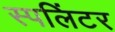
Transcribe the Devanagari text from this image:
स्पलिंटर